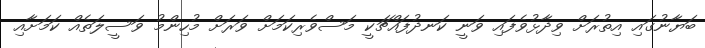
ބަޔާނުގައި އިތުރަށް ވިދާޅުވެފައި ވަނީ ކަނދުފައްޗަކީ މަސްވެރިކަމަށް ވަރަށް މުހިންމު ވަސީލަތެއް ކަމަށާއި